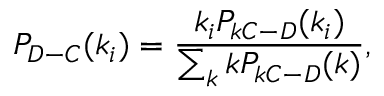
P _ { D - C } ( k _ { i } ) = \frac { k _ { i } P _ { k C - D } ( k _ { i } ) } { \sum _ { k } k P _ { k C - D } ( k ) } ,